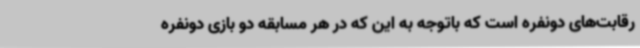
رقابت‌های دونفره است که باتوجه به این که در هر مسابقه دو بازی دونفره